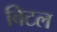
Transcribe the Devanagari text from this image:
बिटल